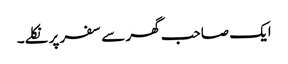
ایک صاحب گھر سے سفر پر نکلے۔